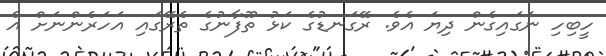
ހީބިހި ނަގައިގެން ދިޔަ އެވެ. ރޭގަނޑުގެ ކަޅު ތޫފާނުގެ ތެރޭގައި އަހަރެންނަށް އެ